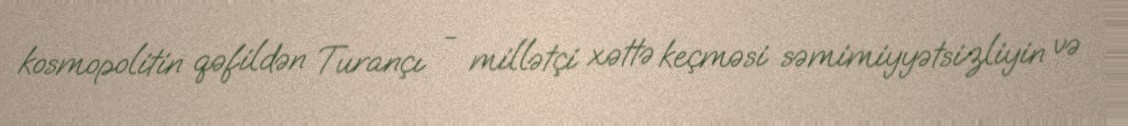
kosmopolitin qəfildən Turançı - millətçi xəttə keçməsi səmimiyyətsizliyin və